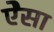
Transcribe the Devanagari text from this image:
ऐेसा